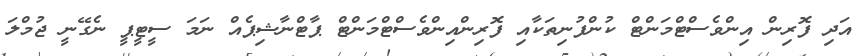
އަދި ފޮރިން އިންވެސްޓްމަންޓް ކުންފުނިތަކާއި ފޮރިންއިންވެސްޓްމަންޓް ޕާޓްނާޝިޕެއް ނަމަ ސީޓީޕީ ނެގޭނީ ޖުމްލަ